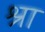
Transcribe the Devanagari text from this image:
श्रा